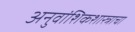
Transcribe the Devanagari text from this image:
अनुवांशिकशास्त्राचा